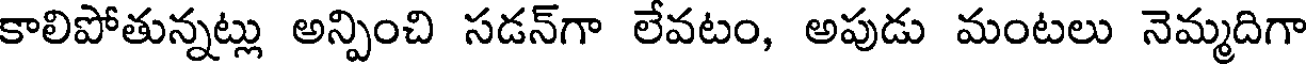
కాలిపోతున్నట్లు అన్పించి సడన్గా లేవటం, అపుడు మంటలు నెమ్మదిగా